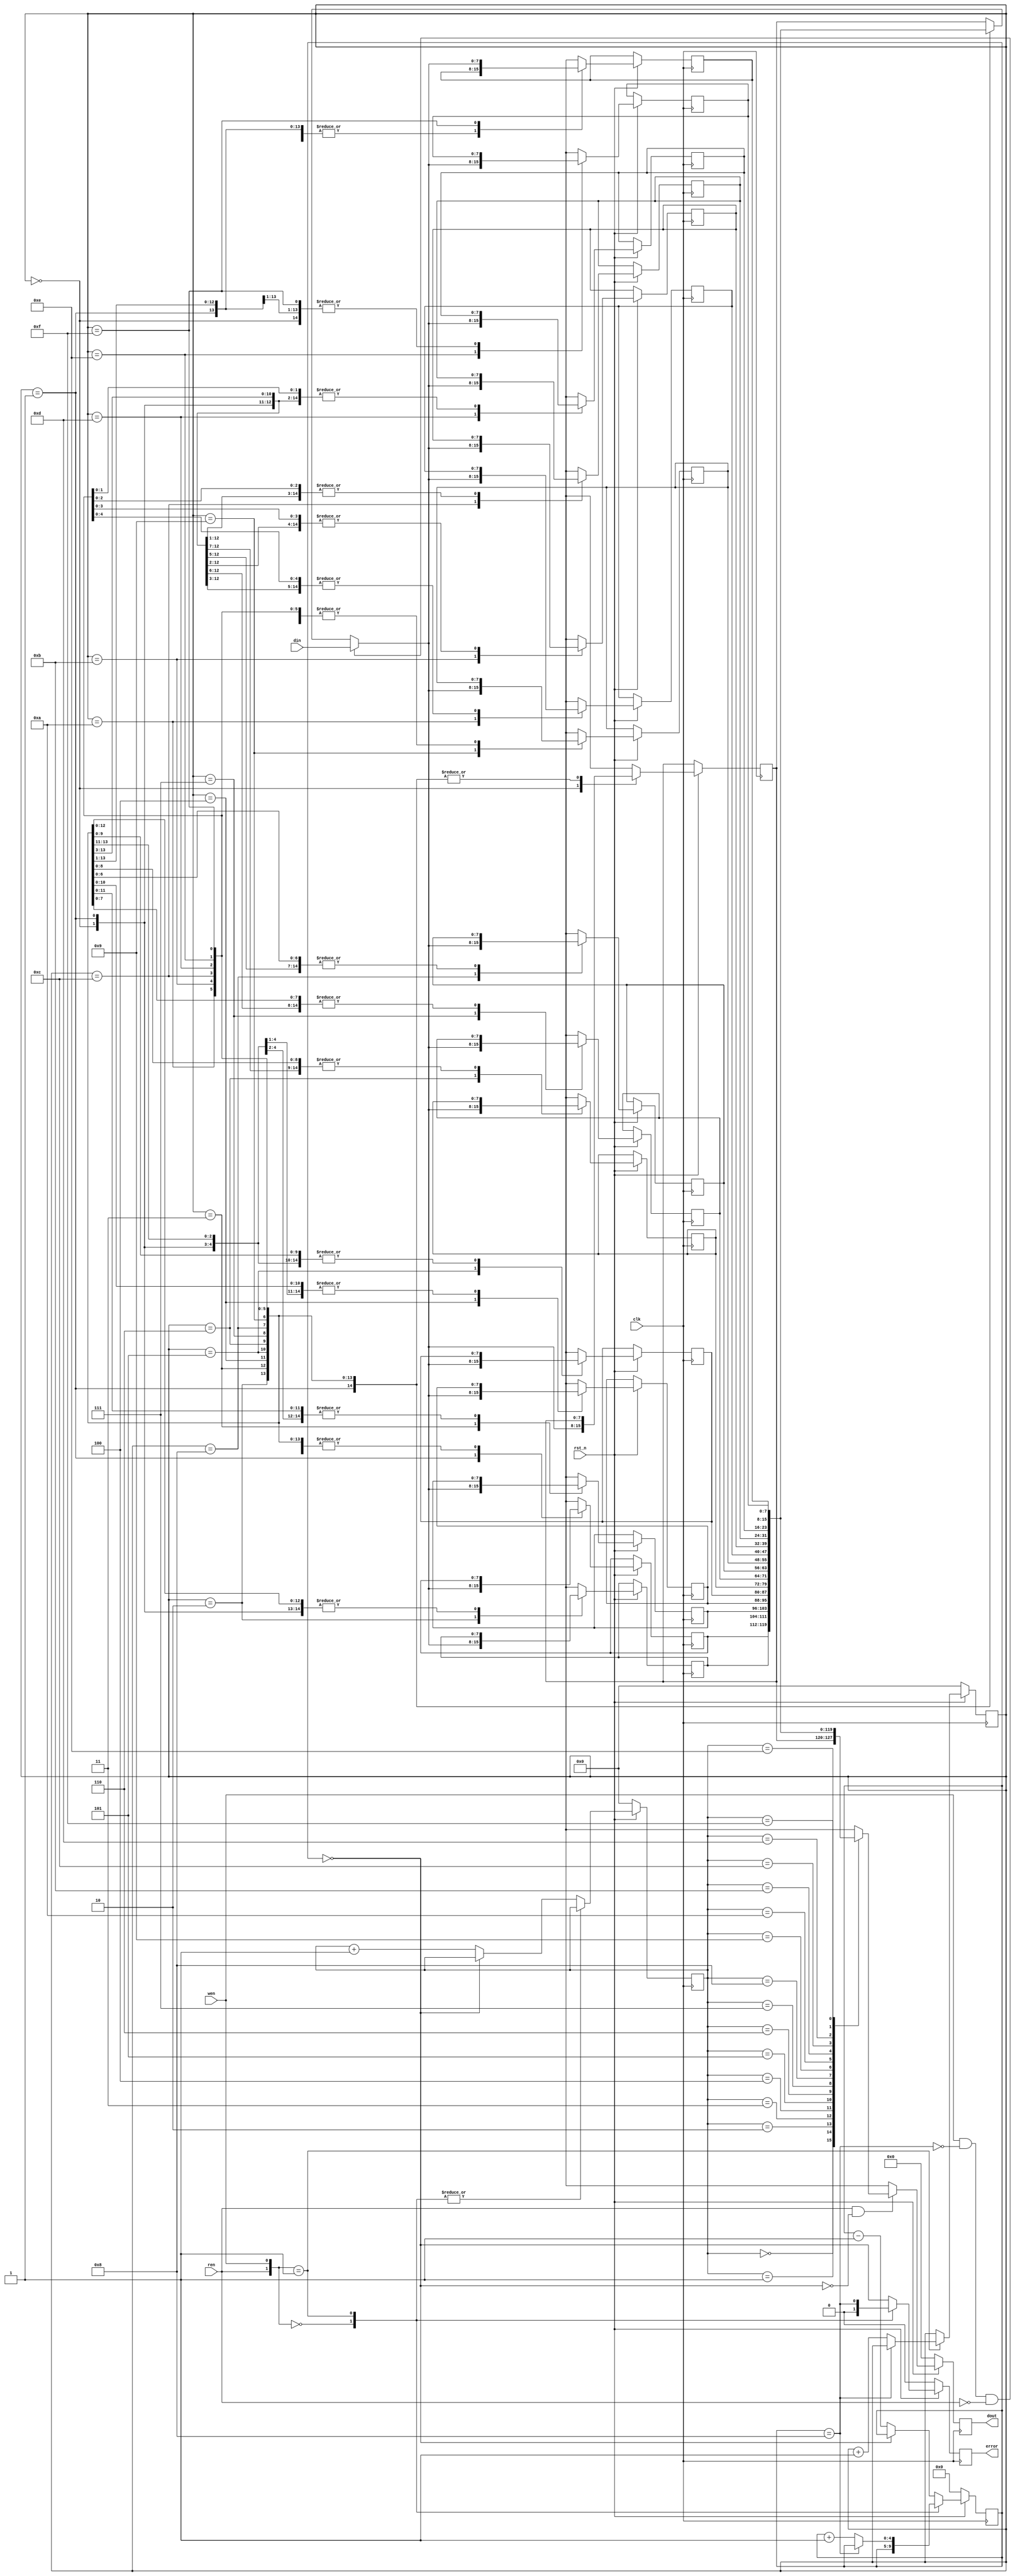
`timescale 1ns/1ps
module FIFO_8(clk, rst_n, wen, ren, din, dout, error);
input clk;
input rst_n;
input wen, ren;
input [8-1:0] din;
output [8-1:0] dout;
reg [7:0] dout;
output error;
reg error;
reg empty,full,nexte,re,we;
reg [7:0] cocoqueue [63:0];
reg [3:0] front,rear,nextf,nextr;
reg [4:0] cnt,nextc;

always @(posedge clk ) begin
    if(!rst_n) begin
        front<=3'd0;
        rear<=3'd0;
        dout<= 8'd0;
        error <= 1'b0;
        cnt <= 4'd0;
    end
    else begin
       dout <= re?cocoqueue[front]:8'dx;
       cocoqueue[rear] = we?din:cocoqueue[rear];
       front <= nextf;
       rear <= nextr;
       error <= nexte;
       cnt <= nextc;
    end
end
always @(*) begin
    empty = cnt==4'd0;
    full = cnt==4'd8;
    we = wen&!full&!ren;
    re = ren&!empty;
    case ({ren,wen})
        2'd0: begin
            nextr = rear;
            nextf = front;
            nextc = cnt;
            nexte = 1'b0;
        end
        2'd1: begin
            nextf = front;
            nexte = full;
            nextr = full?rear:rear+1'b1;
            nextc = full?cnt:cnt+1'b1;
        end 
        default: begin
            nextr = rear;
            nexte = empty;
            nextf = empty?front:front+1'b1;
            nextc = empty?cnt:cnt-1'b1;
        end
    endcase
end

endmodule